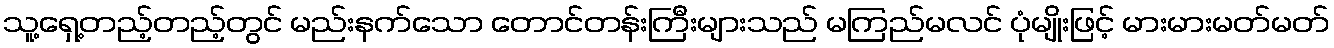
သူ့ရှေ့တည့်တည့်တွင် မည်းနက်သော တောင်တန်းကြီးများသည် မကြည်မလင် ပုံမျိုးဖြင့် မားမားမတ်မတ်